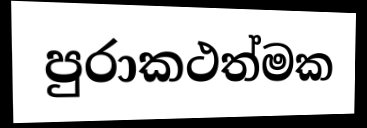
පුරාකථත්මක